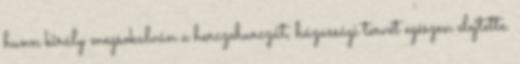
hunn király megsokalván a herczehurczát, házassági tervét egészen elejtette.